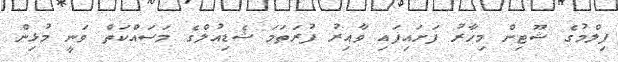
ފިލްމުގެ ޝޫޓިން މިހާރު ފަށައިފައި ވާއިރު ފުރަތަމަ ޝެޑިއުލްގެ މަސައްކަތް ވަނީ މުޅިން